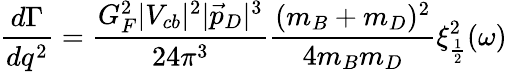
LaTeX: \frac{d\Gamma}{dq^{2}}=\frac{G_{F}^{2}|V_{cb}|^{2}|\vec{p}_{D}|^{3}}{24\pi^{3}}\frac{(m_{B}+m_{D})^{2}}{4m_{B}m_{D}}\xi_{\frac{1}{2}}^{2}(\omega)